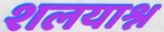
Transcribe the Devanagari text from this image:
शलयाश्न